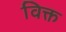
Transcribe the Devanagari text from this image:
विक्त